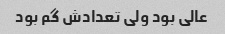
عالی بود ولی تعدادش گم بود